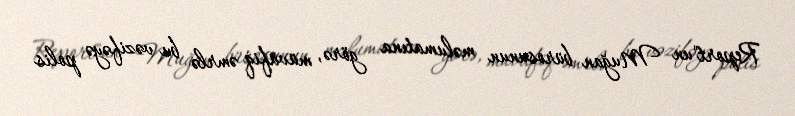
Report"un Muğan bürosunun məlumatına görə, müvafiq əmrlə bu vəzifəyə polis